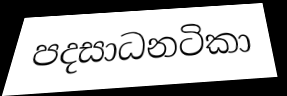
පදසාධනටිකා